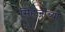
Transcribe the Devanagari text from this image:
सिंहजींच्या